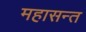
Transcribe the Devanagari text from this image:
महासन्त